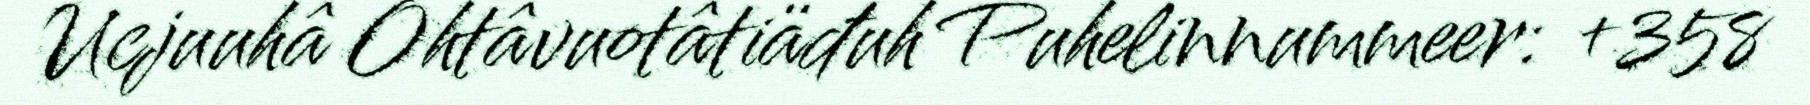
Ucjuuhâ Ohtâvuotâtiäđuh Puhelinnummeer: +358